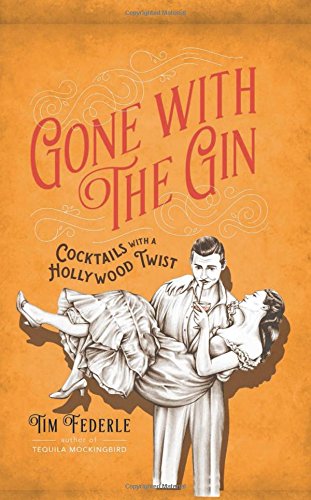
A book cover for Gone with the Gin: Cocktails with a Hollywood Twist; Tim Federle; Cookbooks, Food & Wine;